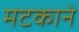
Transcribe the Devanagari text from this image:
मटकाने